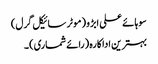
سوہائے علی ابڑو (موٹر سائیکل گرل)
بہترین اداکارہ (رائے شماری) ۔